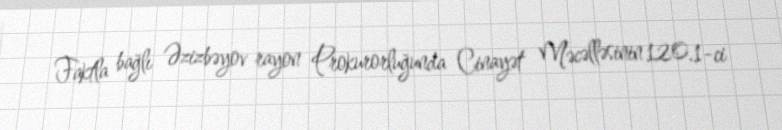
Faktla bağlı Əzizbəyov rayon Prokurorluğunda Cinayət Məcəlləsinin 120.1-ci